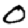
Digit: 0